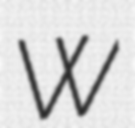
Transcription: W